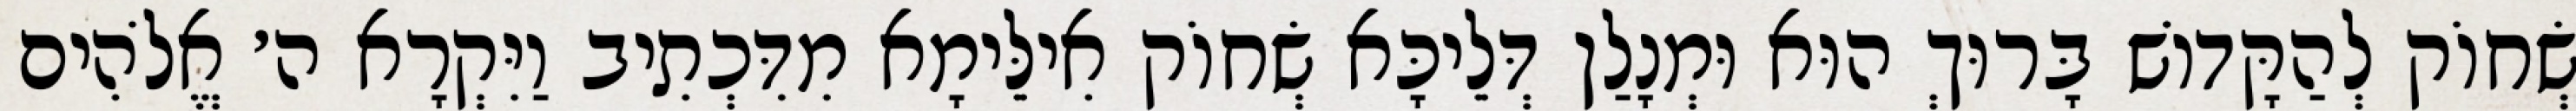
שְׂחוֹק לְהַקָּדוֹשׁ בָּרוּךְ הוּא וּמְנָלַן דְּלֵיכָּא שְׂחוֹק אִילֵּימָא מִדִּכְתִיב וַיִּקְרָא ה׳ אֱלֹהִים